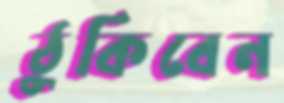
ঠুকিবেন